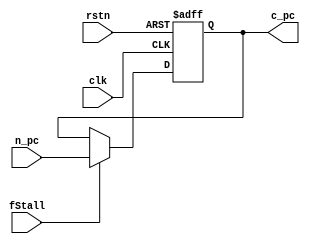
`timescale 1ns / 1ps
//////////////////////////////////////////////////////////////////////////////////
// Company: USTC
// Engineer: 
// 
// Design Name: 
// Module Name: program_counter
// Project Name: 
// Target Devices: Nexy4-DDR
// Tool Versions: 
// Description: 
// 
// Dependencies: 
// 
// Revision:
// Revision 0.01 - File Created
// Additional Comments:
// 
//////////////////////////////////////////////////////////////////////////////////


module program_counter(

    input clk,
    input rstn,
    input [0:0]fStall,
    input [31:0]n_pc,
    
    output reg[31:0]c_pc

);

    always @(posedge clk or negedge rstn) begin
        if(!rstn)
            c_pc<=32'h3000;
        else if(fStall)
            c_pc<=n_pc;
        
    end

endmodule